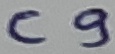
Text: C9